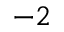
^ { - 2 }